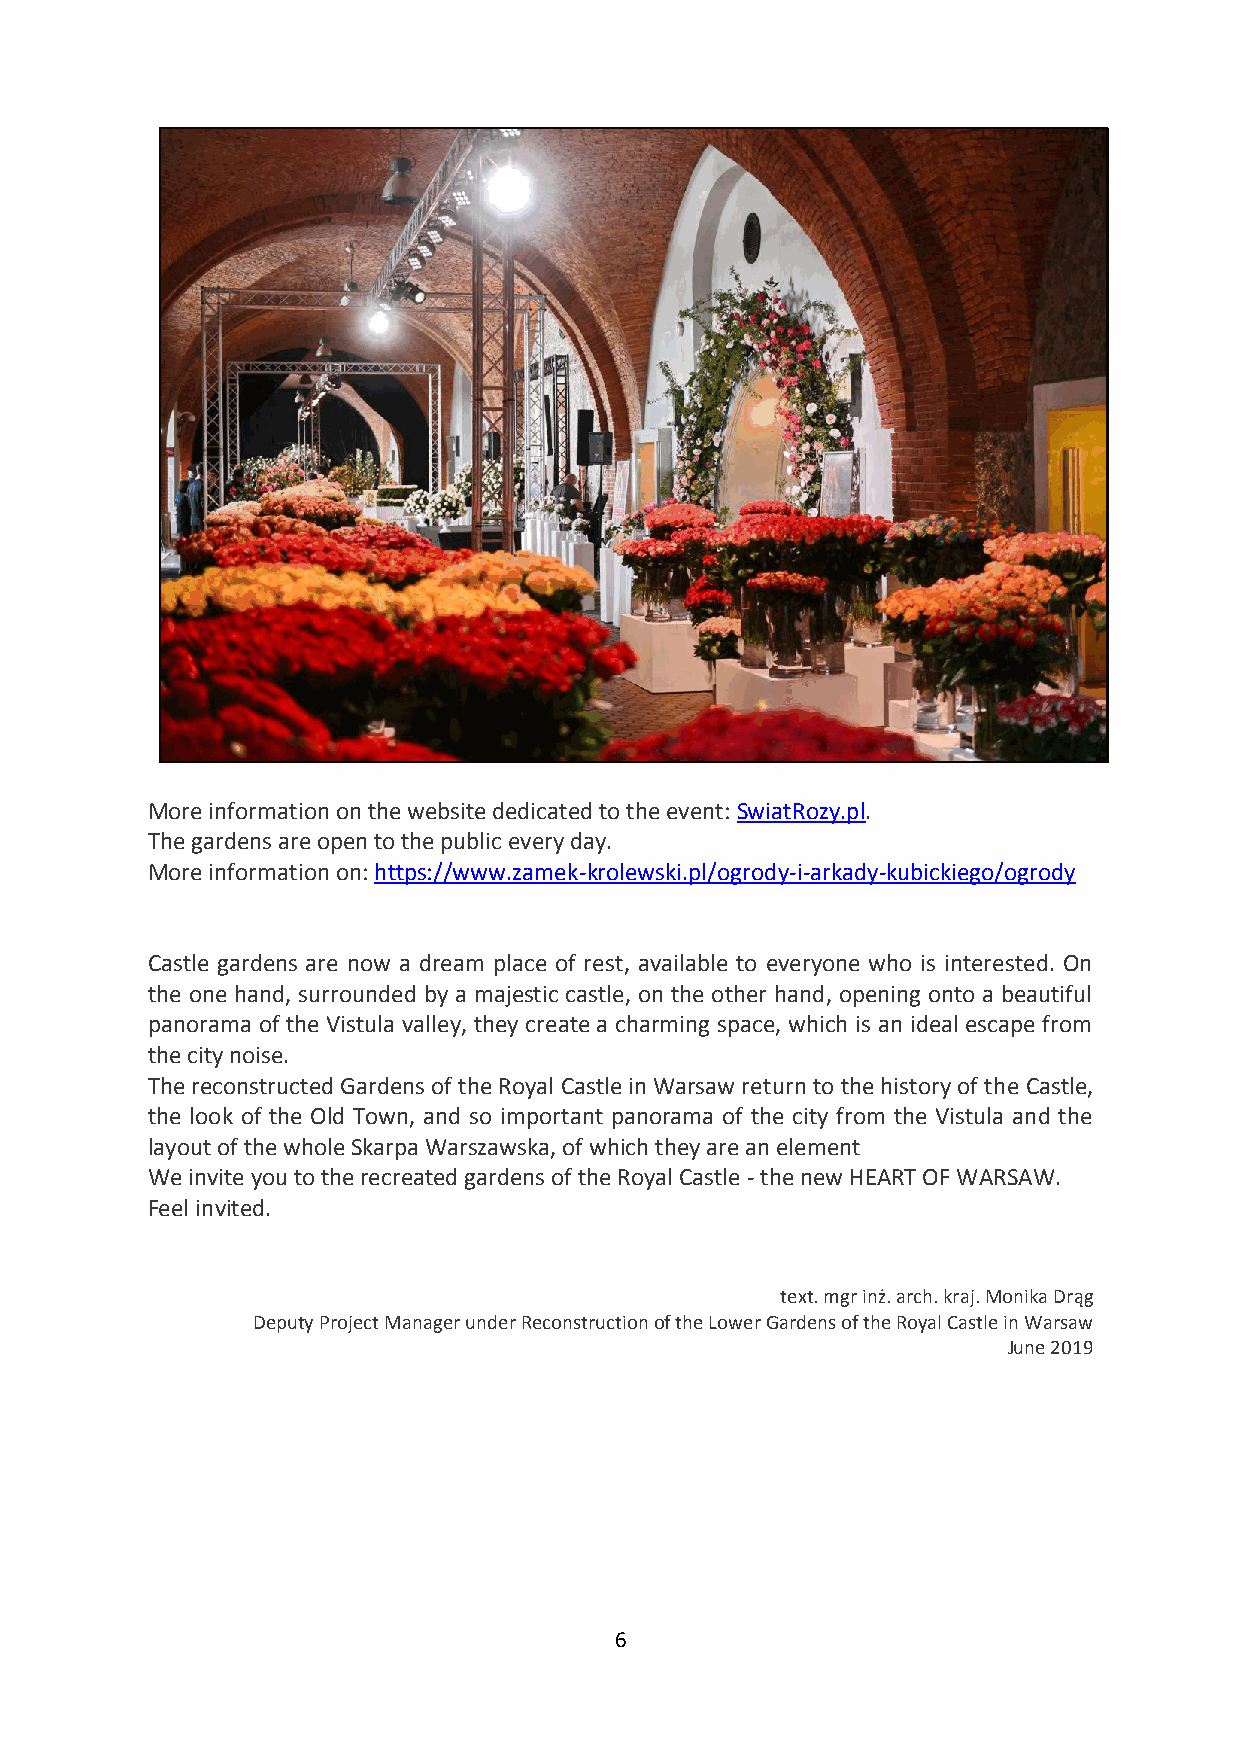
More information on the website dedicated to the event: SwiatRozy.pl.
 The gardens are open to the public every day.
 More information on: https://www.zamek-krolewski.pl/ogrody-i-arkady-kubickiego/ogrody
 Castle gardens are now a dream place of rest, available to everyone who is interested. On
 the one hand, surrounded by a majestic castle, on the other hand, opening onto a beautiful
 panorama of the Vistula valley, they create a charming space, which is an ideal escape from
 the city noise.
 The reconstructed Gardens of the Royal Castle in Warsaw return to the history of the Castle,
 the look of the Old Town, and so important panorama of the city from the Vistula and the
 layout of the whole Skarpa Warszawska, of which they are an element
 We invite you to the recreated gardens of the Royal Castle - the new HEART OF WARSAW.
 Feel invited.
 text. mgr inż. arch. kraj. Monika Drąg
 Deputy Project Manager under Reconstruction of the Lower Gardens of the Royal Castle in Warsaw
 June 2019
 6